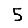
Digit: 5